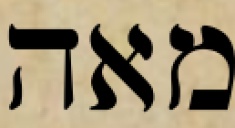
מאה